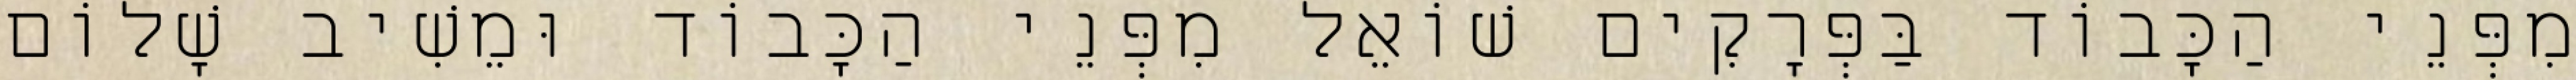
מִפְּנֵי הַכָּבוֹד בַּפְּרָקִים שׁוֹאֵל מִפְּנֵי הַכָּבוֹד וּמֵשִׁיב שָׁלוֹם